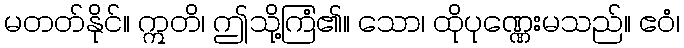
မတတ်နိုင်။ ဣတိ၊ ဤသို့ကြံ၏။ သော၊ ထိုပုဏ္ဏေးမသည်။ ဧဝံ၊